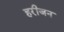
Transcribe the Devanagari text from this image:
हरीजन